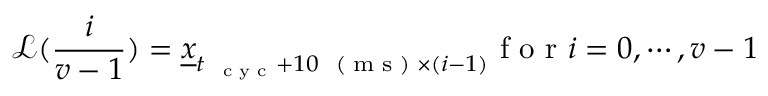
\mathcal L ( \frac { i } { \boldsymbol v - 1 } ) = \underline { { \boldsymbol x } } _ { t _ { \mathrm { ~ \tiny ~ c ~ y ~ c ~ } } + 1 0 \mathrm { ~ \tiny ~ ( ~ m ~ s ~ ) ~ } \times ( i - 1 ) } \mathrm { ~ f ~ o ~ r ~ } i = 0 , \cdots , \boldsymbol v - 1